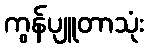
ကွန်ပျူတာသုံး